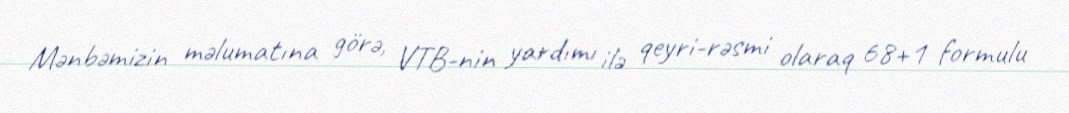
Mənbəmizin məlumatına görə, VTB-nin yardımı ilə qeyri-rəsmi olaraq 68+1 formulu